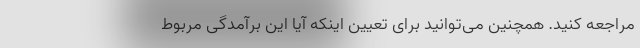
مراجعه کنید. همچنین می‌توانید برای تعیین اینکه آیا این برآمدگی مربوط